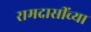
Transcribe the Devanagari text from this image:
रामदासींच्या